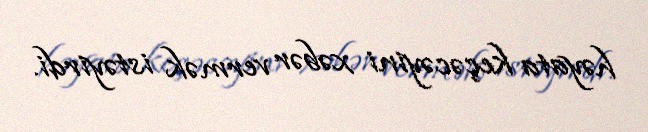
həyata keçəcəyini xəbər vermək istəyirdi.